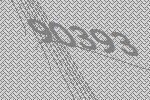
90393